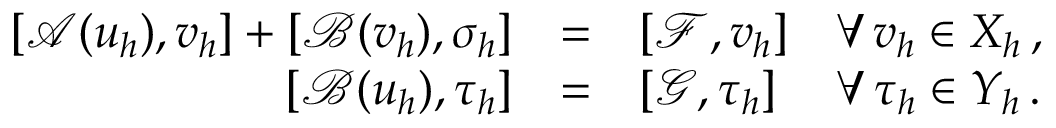
\begin{array} { r c l l } { [ \mathcal { A } ( u _ { h } ) , v _ { h } ] + [ \mathcal { B } ( v _ { h } ) , \sigma _ { h } ] } & { = } & { [ \mathcal { F } , v _ { h } ] } & { \forall \, v _ { h } \in X _ { h } \, , } \\ { [ \mathcal { B } ( u _ { h } ) , \tau _ { h } ] } & { = } & { [ \mathcal { G } , \tau _ { h } ] } & { \forall \, \tau _ { h } \in Y _ { h } \, . } \end{array}